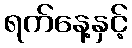
ရက်နေ့နှင့်